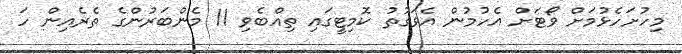
މިހުށަހެޅުމަށް ވޯޓަށް އެހުމުން އެވަގުތު ކޮމިޓީގައި ތިއްބެވި 11 މެންބަރުންގެ ތެރެއިން ހަ